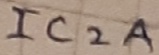
Text: IC2A